画像に写った文字を読んでください
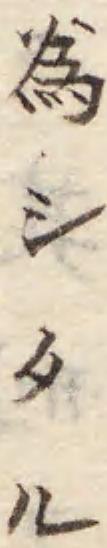
「爲シタル」と書いてあります